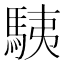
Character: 䮊